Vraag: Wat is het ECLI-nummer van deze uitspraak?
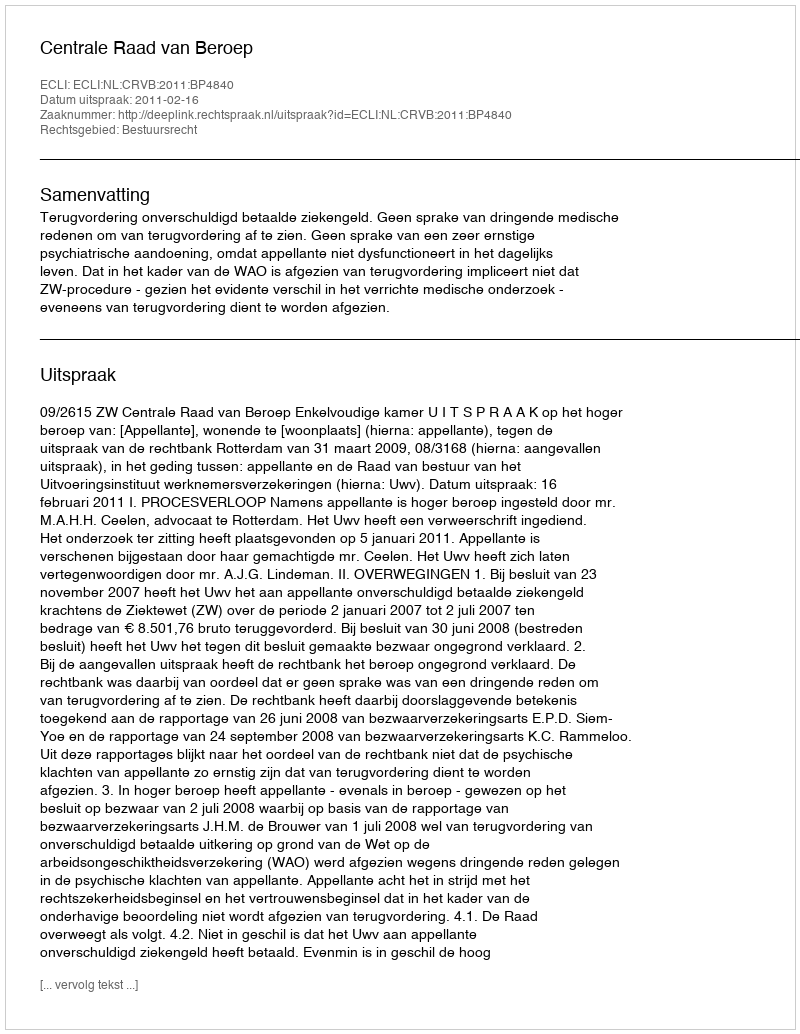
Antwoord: ECLI:NL:CRVB:2011:BP4840